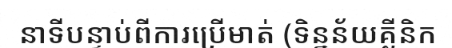
នាទីបន្ទាប់ពីការប្រើមាត់ (ទិន្នន័យគ្លីនិក